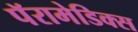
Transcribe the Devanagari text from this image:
पॅरामेडिक्स